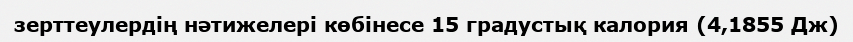
зерттеулердің нәтижелері көбінесе 15 градустық калория (4,1855 Дж)